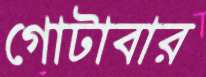
গোটাবার